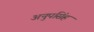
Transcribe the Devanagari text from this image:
अनुपसिंह